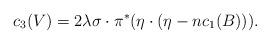
LaTeX: \begin{align*}c_3(V)= 2\lambda \sigma\cdot \pi^{*}(\eta\cdot(\eta-nc_1(B))). \end{align*}